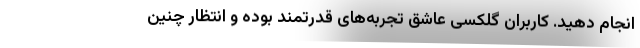
انجام دهید. کاربران گلکسی عاشق تجربه‌های قدرتمند بوده و انتظار چنین